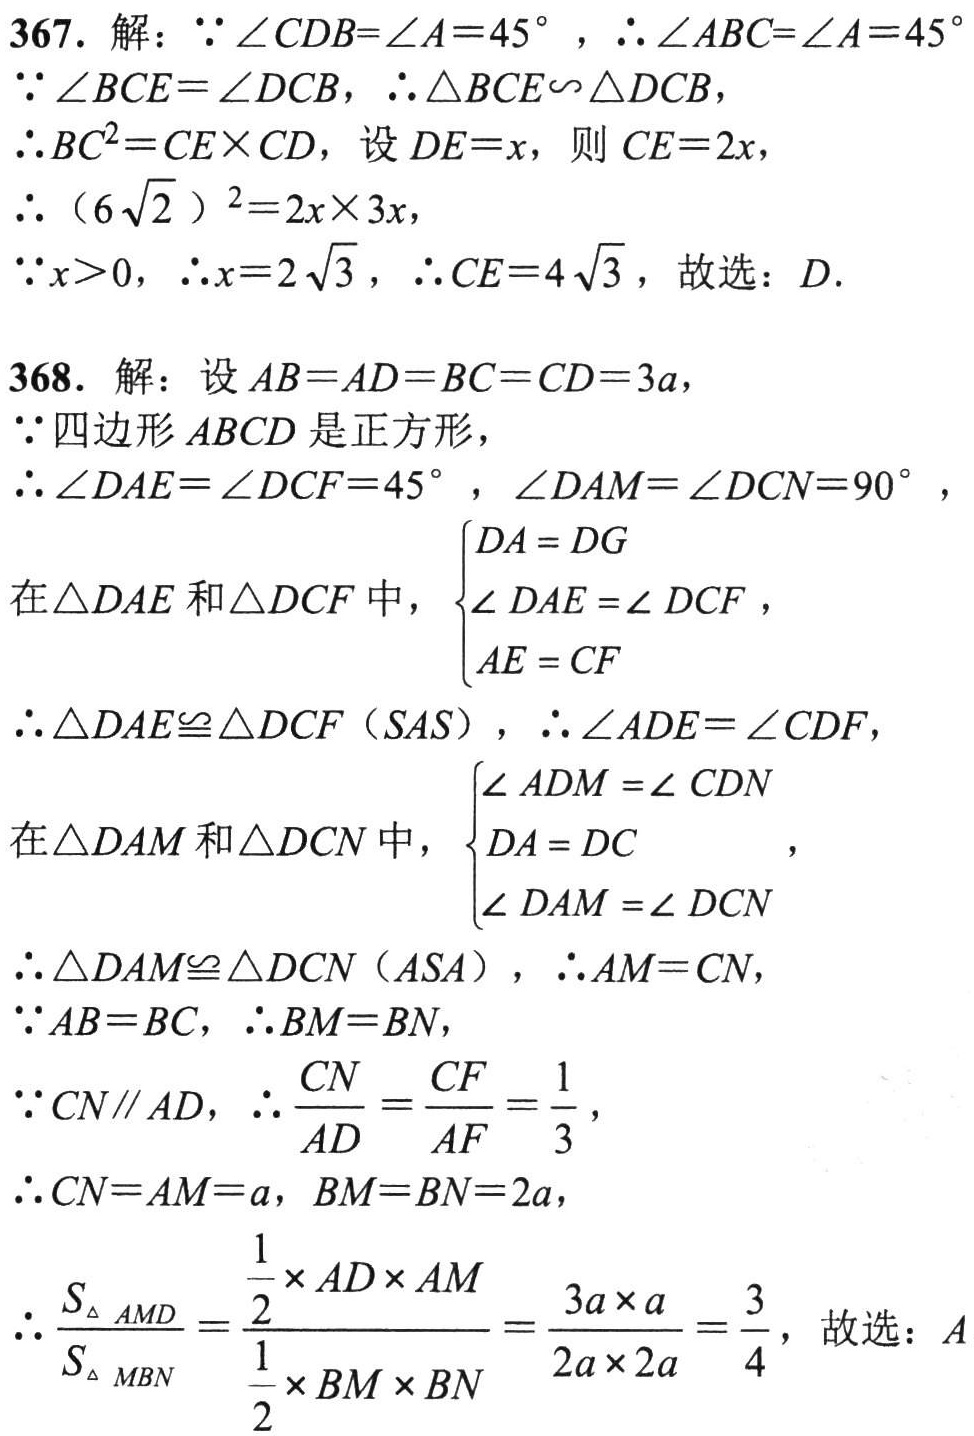
367. 解：\(\because \angle CDB = \angle A = 45^{\circ}\)，\(\therefore \angle ABC=\angle A = 45^{\circ}\)

\(\because \angle BCE=\angle DCB\)，\(\therefore \triangle BCE\sim\triangle DCB\)，

\(\therefore BC^{2}=CE\times CD\)，设\(DE = x\)，则\(CE = 2x\)，

\(\therefore (6\sqrt{2})^{2}=2x\times 3x\)，

\(\because x>0\)，\(\therefore x = 2\sqrt{3}\)，\(\therefore CE = 4\sqrt{3}\)，故选：\(D\).

368. 解：设\(AB = AD = BC = CD = 3a\)，

\(\because\)四边形\(ABCD\)是正方形，

\(\therefore \angle DAE=\angle DCF = 45^{\circ}\)，\(\angle DAM=\angle DCN = 90^{\circ}\)，

在\(\triangle DAE\)和\(\triangle DCF\)中，\(\begin{cases}DA = DG\\\angle DAE=\angle DCF\\AE = CF\end{cases}\)，

\(\therefore \triangle DAE\cong\triangle DCF(SAS)\)，\(\therefore \angle ADE=\angle CDF\)，

在\(\triangle DAM\)和\(\triangle DCN\)中，\(\begin{cases}\angle ADM=\angle CDN\\DA = DC\\\angle DAM=\angle DCN\end{cases}\)，

\(\therefore \triangle DAM\cong\triangle DCN(ASA)\)，\(\therefore AM = CN\)，

\(\because AB = BC\)，\(\therefore BM = BN\)，

\(\because CN\parallel AD\)，\(\therefore \frac{CN}{AD}=\frac{CF}{AF}=\frac{1}{3}\)，

\(\therefore CN = AM = a\)，\(BM = BN = 2a\)，

\(\therefore \frac{S_{\triangle AMD}}{S_{\triangle MBN}}=\frac{\frac{1}{2}\times AD\times AM}{\frac{1}{2}\times BM\times BN}=\frac{3a\times a}{2a\times 2a}=\frac{3}{4}\)，故选：\(A\)